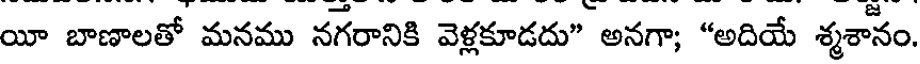
యీ బాణాలతో మనము నగరానికి వెళ్లకూడదు" అనగా; "అదియే శ్మశానం,